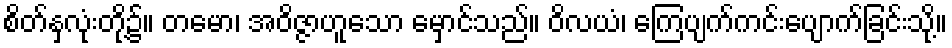
စိတ်နှလုံးတို့၌။ တမော၊ အဝိဇ္ဇာဟူသော မှောင်သည်။ ဝိလယံ၊ ကြေပျက်ကင်းပျောက်ခြင်းသို့။